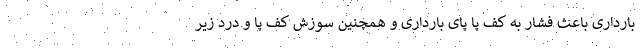
بارداری باعث فشار به کف پا پای بارداری و همچنین سوزش کف پا و درد زیر